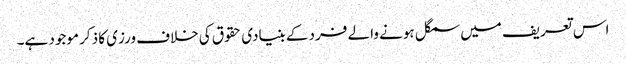
اس تعریف میں سمگل ہونے والے فرد کے بنیادی حقوق کی خلاف ورزی کا ذکر موجود ہے۔